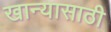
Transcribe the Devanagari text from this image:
खान्यासाठी